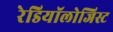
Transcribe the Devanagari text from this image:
रेडियॉलोजिस्ट